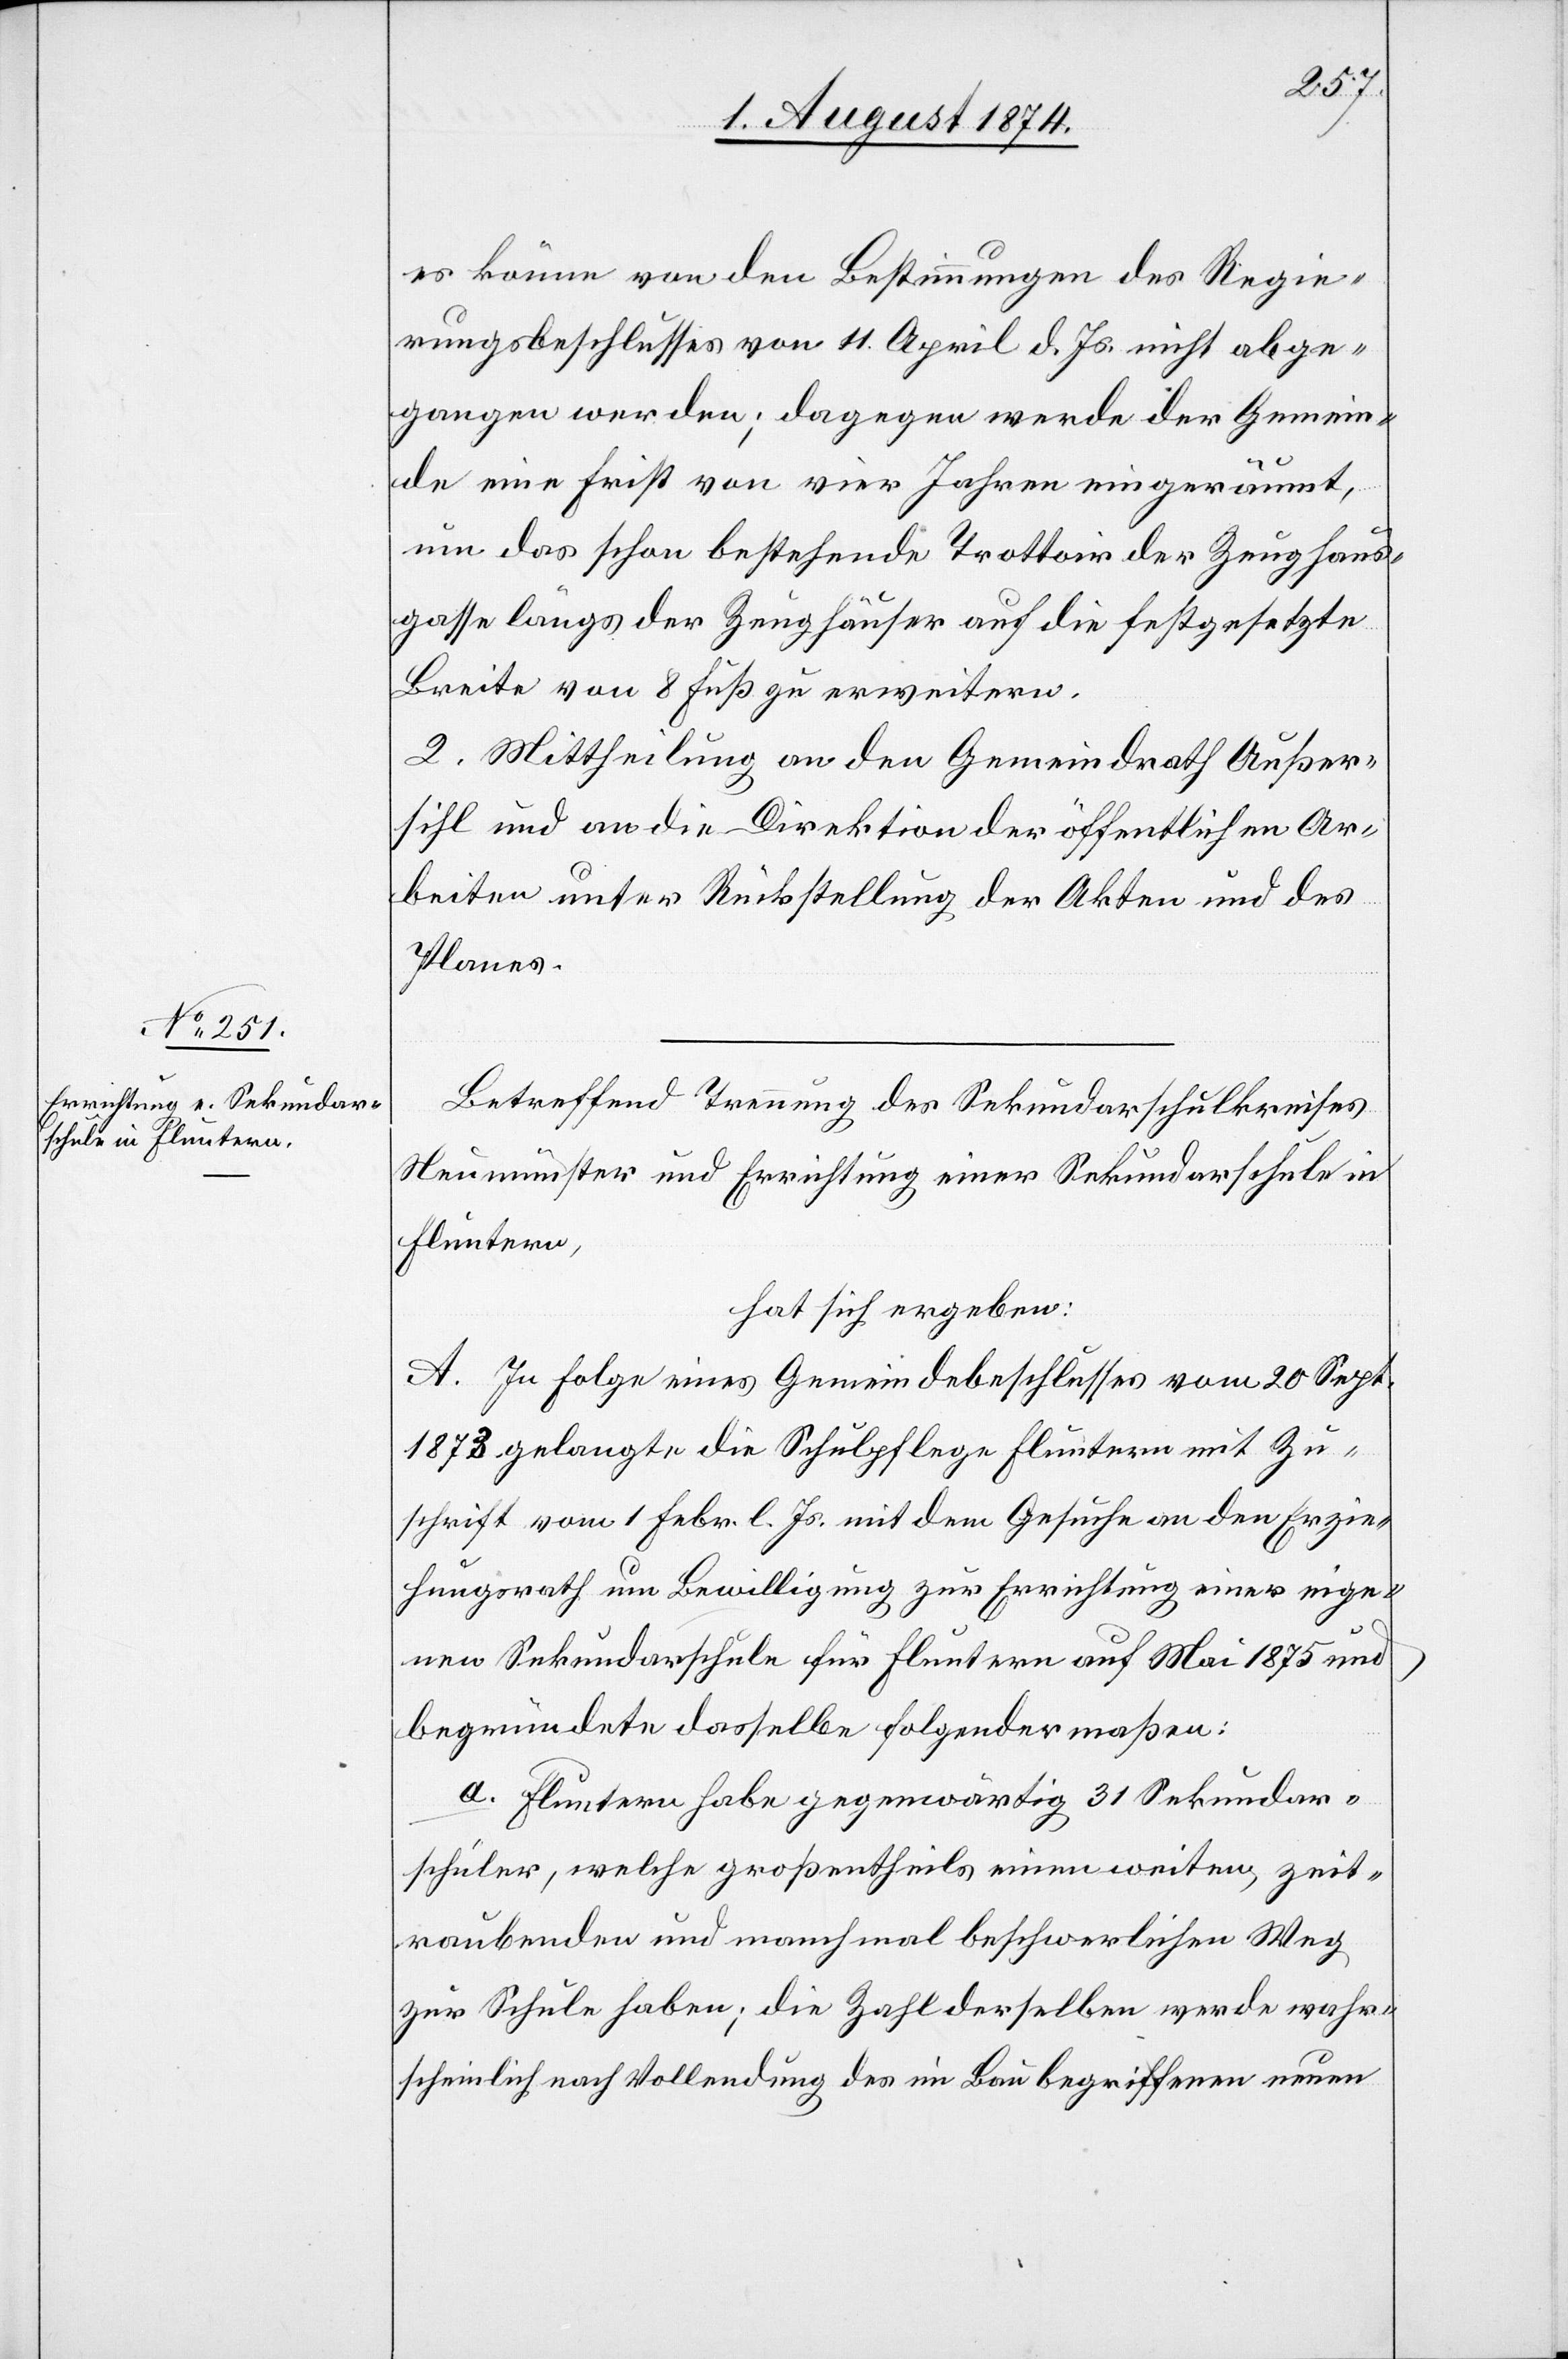
es könne von den Bestimmungen des Regie¬
rungsbeschlusses von [sic!] 11. April d. Js. nicht abge¬
gangen werden; dagegen werde der Gemein¬
de eine Frist von vier Jahren eingeräumt,
um das schon bestehende Trottoir der Zeughaus¬
gasse längs der Zeughäuser auf die festgesetzte
Breite von 8 Fuß zu erweitern.
2. Mittheilung an den Gemeindrath Außer¬
sihl und an die Direktion der öffentlichen Ar¬
beiten unter Rückstellung der Akten und des
Planes.
Betreffend Trennung des Sekundarschulkreises
Neumünster und Errichtung einer Sekundarschule in
Fluntern,
hat sich ergeben:
A. In Folge eines Gemeindebeschlusses vom 20. Sept.
1873 gelangte die Schulpflege Fluntern mit Zu¬
schrift vom 1. Febr. l. Js. mit dem Gesuche an den Erzie¬
hungsrath um Bewilligung zur Errichtung einer eige¬
nen Sekundarschule für Fluntern auf Mai 1875 und
begründete dasselbe folgendermaßen:
a. Fluntern habe gegenwärtig 31 Sekundar¬
schüler, welche großentheils einen weiten zeit¬
raubenden und manchmal beschwerlichen Weg
zur Schule haben; die Zahl derselben werde wahr¬
scheinlich nach Vollendung des im Bau begriffenen neuen